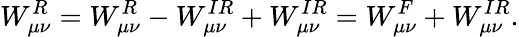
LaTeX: W_{\mu\nu}^{R}=W_{\mu\nu}^{R}-W_{\mu\nu}^{IR}+W_{\mu\nu}^{IR}=W_{\mu\nu}^{F}+W_{\mu\nu}^{IR}.